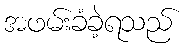
အဖမ်းခံခဲ့ရသည်